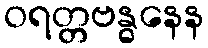
ဝရတ္တဗန္ဓနေန